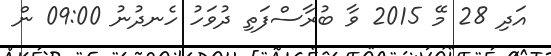
އަދި 28 މޭ 2015 ވާ ބުރާސްފަތި ދުވަހު ހެނދުނު 09:00 ން